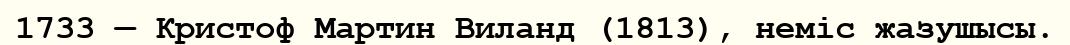
1733 — Кристоф Мартин Виланд (1813), неміс жазушысы.